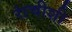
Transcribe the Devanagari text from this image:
रांचीशी